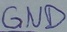
Text: GND